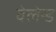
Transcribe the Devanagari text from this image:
वेलेन्ड